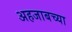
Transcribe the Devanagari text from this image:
अहजाबच्या